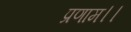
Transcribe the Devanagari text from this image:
प्रणाम।।